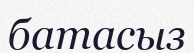
батасыз